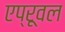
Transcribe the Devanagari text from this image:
एप्रूवल